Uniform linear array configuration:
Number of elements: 16
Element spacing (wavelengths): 1
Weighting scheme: hamming
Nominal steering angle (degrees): -15
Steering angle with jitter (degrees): -13.834
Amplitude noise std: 0.05
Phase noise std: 0.05

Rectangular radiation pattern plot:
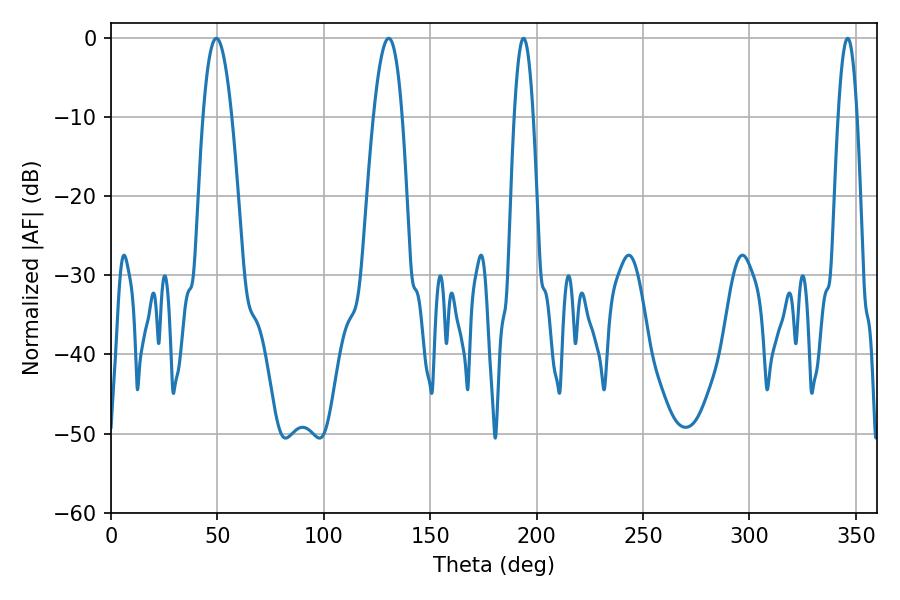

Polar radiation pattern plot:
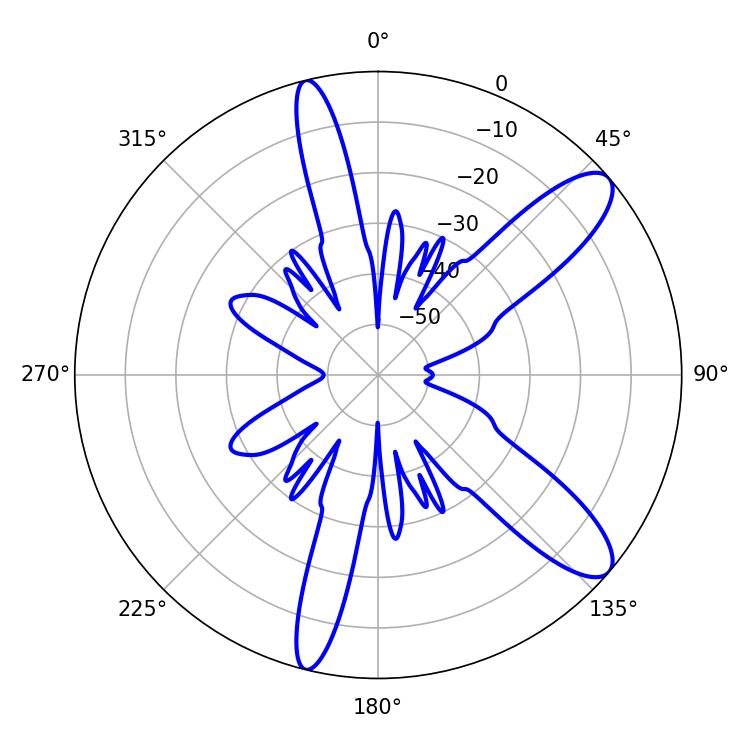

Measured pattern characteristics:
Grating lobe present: TRUE
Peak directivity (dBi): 10.752
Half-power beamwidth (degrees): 4.86
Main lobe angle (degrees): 193.86